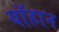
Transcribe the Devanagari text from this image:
यॉहान